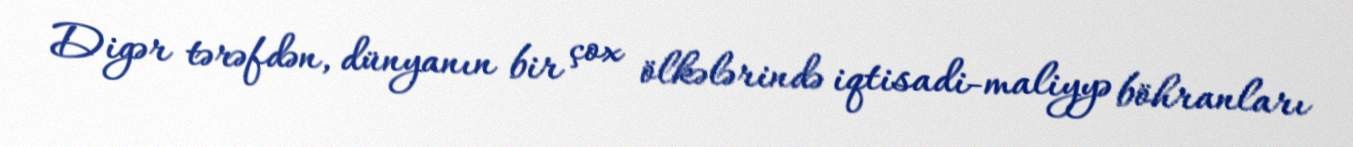
Digər tərəfdən, dünyanın bir çox ölkələrində iqtisadi-maliyyə böhranları